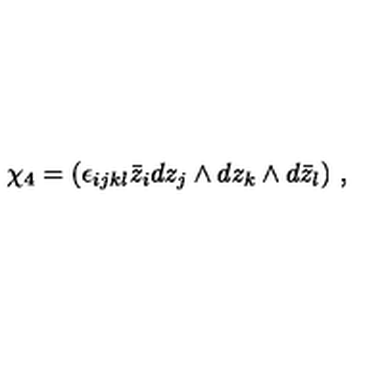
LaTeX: \chi _ { 4 } = ( \epsilon _ { i j k l } \bar { z } _ { i } d z _ { j } \wedge d z _ { k } \wedge d \bar { z } _ { l } ) \ ,